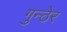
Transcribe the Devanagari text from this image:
गुन्ठेर